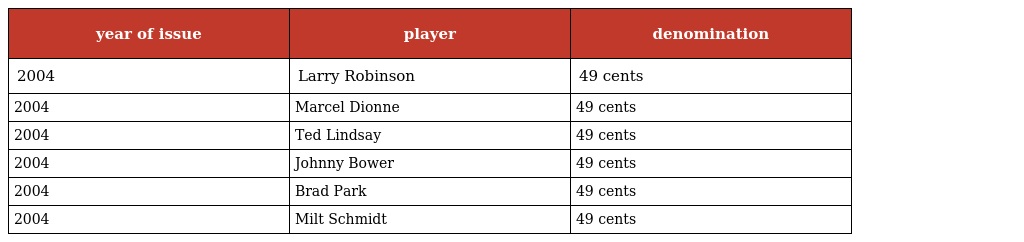
| year of issue | player | denomination |
 | --- | --- | --- |
 | 2004 | Larry Robinson | 49 cents |
 | 2004 | Marcel Dionne | 49 cents |
 | 2004 | Ted Lindsay | 49 cents |
 | 2004 | Johnny Bower | 49 cents |
 | 2004 | Brad Park | 49 cents |
 | 2004 | Milt Schmidt | 49 cents |